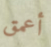
أعمق